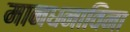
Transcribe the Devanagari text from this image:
मानधनाविना